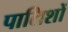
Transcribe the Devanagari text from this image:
पालिशों